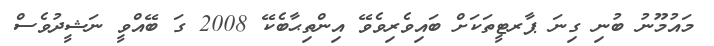
މައުމޫނު ބުނި ގިނަ ޕާރޓީތަކަށް ބައިވެރިވެވޭ އިންތިޙާބެކޭ 2008 ގަ ބޭއްވީ ނަޝީދުވެސް